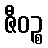
ဇီဝဉ္စ